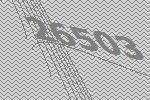
26503